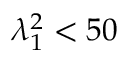
\lambda _ { 1 } ^ { 2 } < 5 0